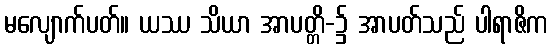
မလျောက်ပတ်။ ယဿ သိယာ အာပတ္တိ-၌ အာပတ်သည် ပါရာဇိက